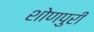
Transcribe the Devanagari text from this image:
शोणपुरी